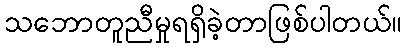
သဘောတူညီမှုရရှိခဲ့တာဖြစ်ပါတယ်။